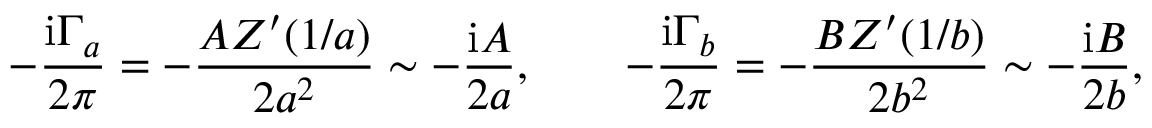
- { \frac { \mathrm { i } \Gamma _ { a } } { 2 \pi } } = - { \frac { A Z ^ { \prime } ( 1 / a ) } { 2 a ^ { 2 } } } \sim - { \frac { \mathrm { i } A } { 2 a } } , \qquad - { \frac { \mathrm { i } \Gamma _ { b } } { 2 \pi } } = - { \frac { B Z ^ { \prime } ( 1 / b ) } { 2 b ^ { 2 } } } \sim - { \frac { \mathrm { i } B } { 2 b } } ,